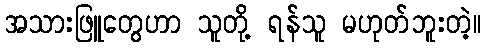
အသားဖြူတွေဟာ သူတို့ ရန်သူ မဟုတ်ဘူးတဲ့။